Indian journal of veterinary science and animal husbandry - Volumes 22-23, 1952-1953
Year: 1952
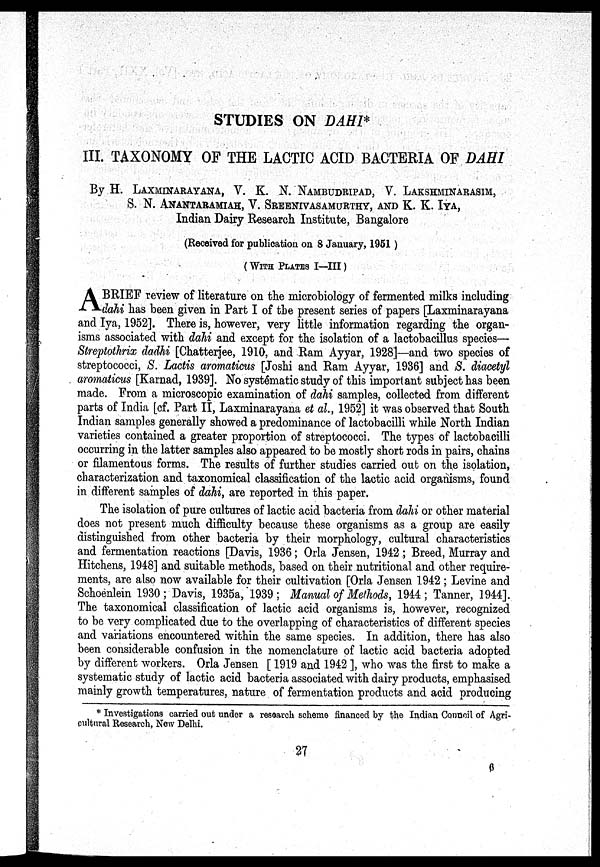
STUDIES ON DAHI*
III. TAXONOMY OF THE LACTIC ACID BACTERIA OF DAHI
By H. LAXMINARAYANA, V. K. N. NAMBUDRIPAD, V. LAKSHMINARASIM,
S. N. ANANTARAMIAH, V. SREENIVASAMURTHY, AND K. K. IYA,
Indian Dairy Research Institute, Bangalore
(Received for publication on 8 January, 1951)
( WITH PLATES I—III)
A BRIEF review of literature on the microbiology of fermented milks including
dahi has been given in Part I of the present series of papers [Laxminarayana
and Iya, 1952]. There is, however, very little information regarding the organ-
isms associated with dahi and except for the isolation of a lactobacillus species—
Streptothrix dadhi [Chatterjee, 1910, and Ram Ayyar, 1928]—and two species of
streptococci, S. Lactis aromaticus [Joshi and Ram Ayyar, 1936] and S. diacetyl
aromaticus [Karnad, 1939]. No systematic study of this important subject has been
made. From a microscopic examination of dahi samples, collected from different
parts of India [cf. Part II, Laxminarayana et al., 1952] it was observed that South
Indian samples generally showed a predominance of lactobacilli while North Indian
varieties contained a greater proportion of streptococci. The types of lactobacilli
occurring in the latter samples also appeared to be mostly short rods in pairs, chains
or filamentous forms. The results of further studies carried out on the isolation,
characterization and taxonomical classification of the lactic acid organisms, found
in different samples of dahi, are reported in this paper.
The isolation of pure cultures of lactic acid bacteria from dahi or other material
does not present much difficulty because these organisms as a group are easily
distinguished from other bacteria by their morphology, cultural characteristics
and fermentation reactions [Davis, 1936; Orla Jensen, 1942; Breed, Murray and
Hitchens, 1948] and suitable methods, based on their nutritional and other require-
ments, are also now available for their cultivation [Orla Jensen 1942; Levine and
Schoenlein 1930; Davis, 1935a, 1939; Manual of Methods, 1944; Tanner, 1944].
The taxonomical classification of lactic acid organisms is, however, recognized
to be very complicated due to the overlapping of characteristics of different species
and variations encountered within the same species. In addition, there has also
been considerable confusion in the nomenclature of lactic acid bacteria adopted
by different workers. Orla Jensen [ 1919 and 1942 ], who was the first to make a
systematic study of lactic acid bacteria associated with dairy products, emphasised
mainly growth temperatures, nature of fermentation products and acid producing
* Investigations carried out under a research scheme financed by the Indian Council of Agri-
cultural Research, New Delhi.
27
6